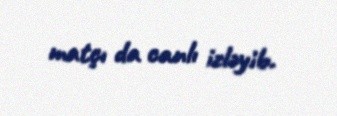
matçı da canlı izləyib.